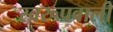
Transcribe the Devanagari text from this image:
स्वरूपवाली